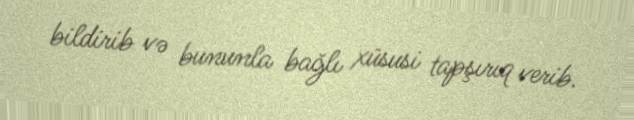
bildirib və bununla bağlı xüsusi tapşırıq verib.